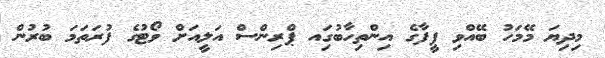
މިދިޔަ މޭމަހު ބޭއްވި ފީފާގެ އިންތިހާބުގަިއ ޕްރިންސް އަލީއަށް ވޯޓުގެ ފުރަތަމަ ބުރުން